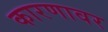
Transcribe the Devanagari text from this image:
कारणावर